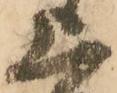
上